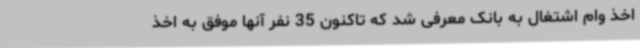
اخذ وام اشتغال به بانک معرفی شد که تاکنون 35 نفر آنها موفق به اخذ